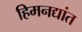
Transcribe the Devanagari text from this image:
हिमनद्यांत